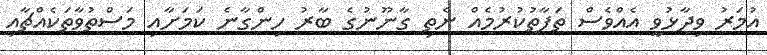
އުމަރު ވިދާޅުވީ އެއްވެސް ތަފާތުކުރުމެއް ނެތި ގާނޫނުގެ ބާރު ހިންގާނެ ކަމަށާއި މަސްތުވާތަކެއްޗާއި